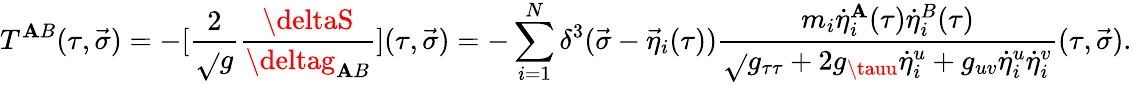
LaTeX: T^{\mathbf{A}B}(\tau,\vec{{\sigma}})=-[{\frac{{2}}{{\sqrt{}{{g}}}}}{\frac{{\deltaS}}{{\deltag_{\mathbf{A}B}}}}](\tau,\vec{{\sigma}})=-\sum_{i=1}^{N}\delta^{3}(\vec{{\sigma}}-{\vec{{\eta}}}_{i}(\tau)){\frac{{m_{i}{\dot{{\eta}}}_{i}^{\mathbf{A}}(\tau){\dot{{\eta}}}_{i}^{B}(\tau)}}{{\sqrt{}{{g_{\tau\tau}+2g_{\tauu}{\dot{{\eta}}}_{i}^{u}+g_{uv}{\dot{{\eta}}}_{i}^{u}{\dot{{\eta}}}_{i}^{v}}}}}}(\tau,\vec{{\sigma}}).